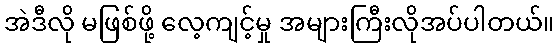
အဲဒီလို မဖြစ်ဖို့ လေ့ကျင့်မှု အများကြီးလိုအပ်ပါတယ်။